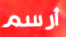
أرسم